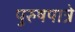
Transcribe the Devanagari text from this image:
पुरुषपात्रे